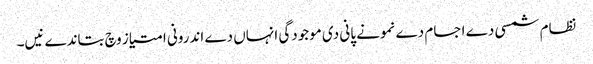
نظام شمسی دے اجسام دے نمونے پانی دی موجودگی انہاں دے اندرونی امتیاز وچ بتاندے نیں۔